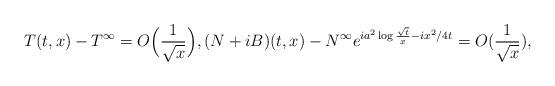
LaTeX: \begin{align*}T(t,x)-T^{\infty} = O\Big(\frac{1}{\sqrt{x}}\Big),(N+iB)(t,x)-N^{\infty}e^{ia^{2}\log \frac{\sqrt{t}}{x}-ix^{2}/4t}=O(\frac{1}{\sqrt{x}}),\end{align*}